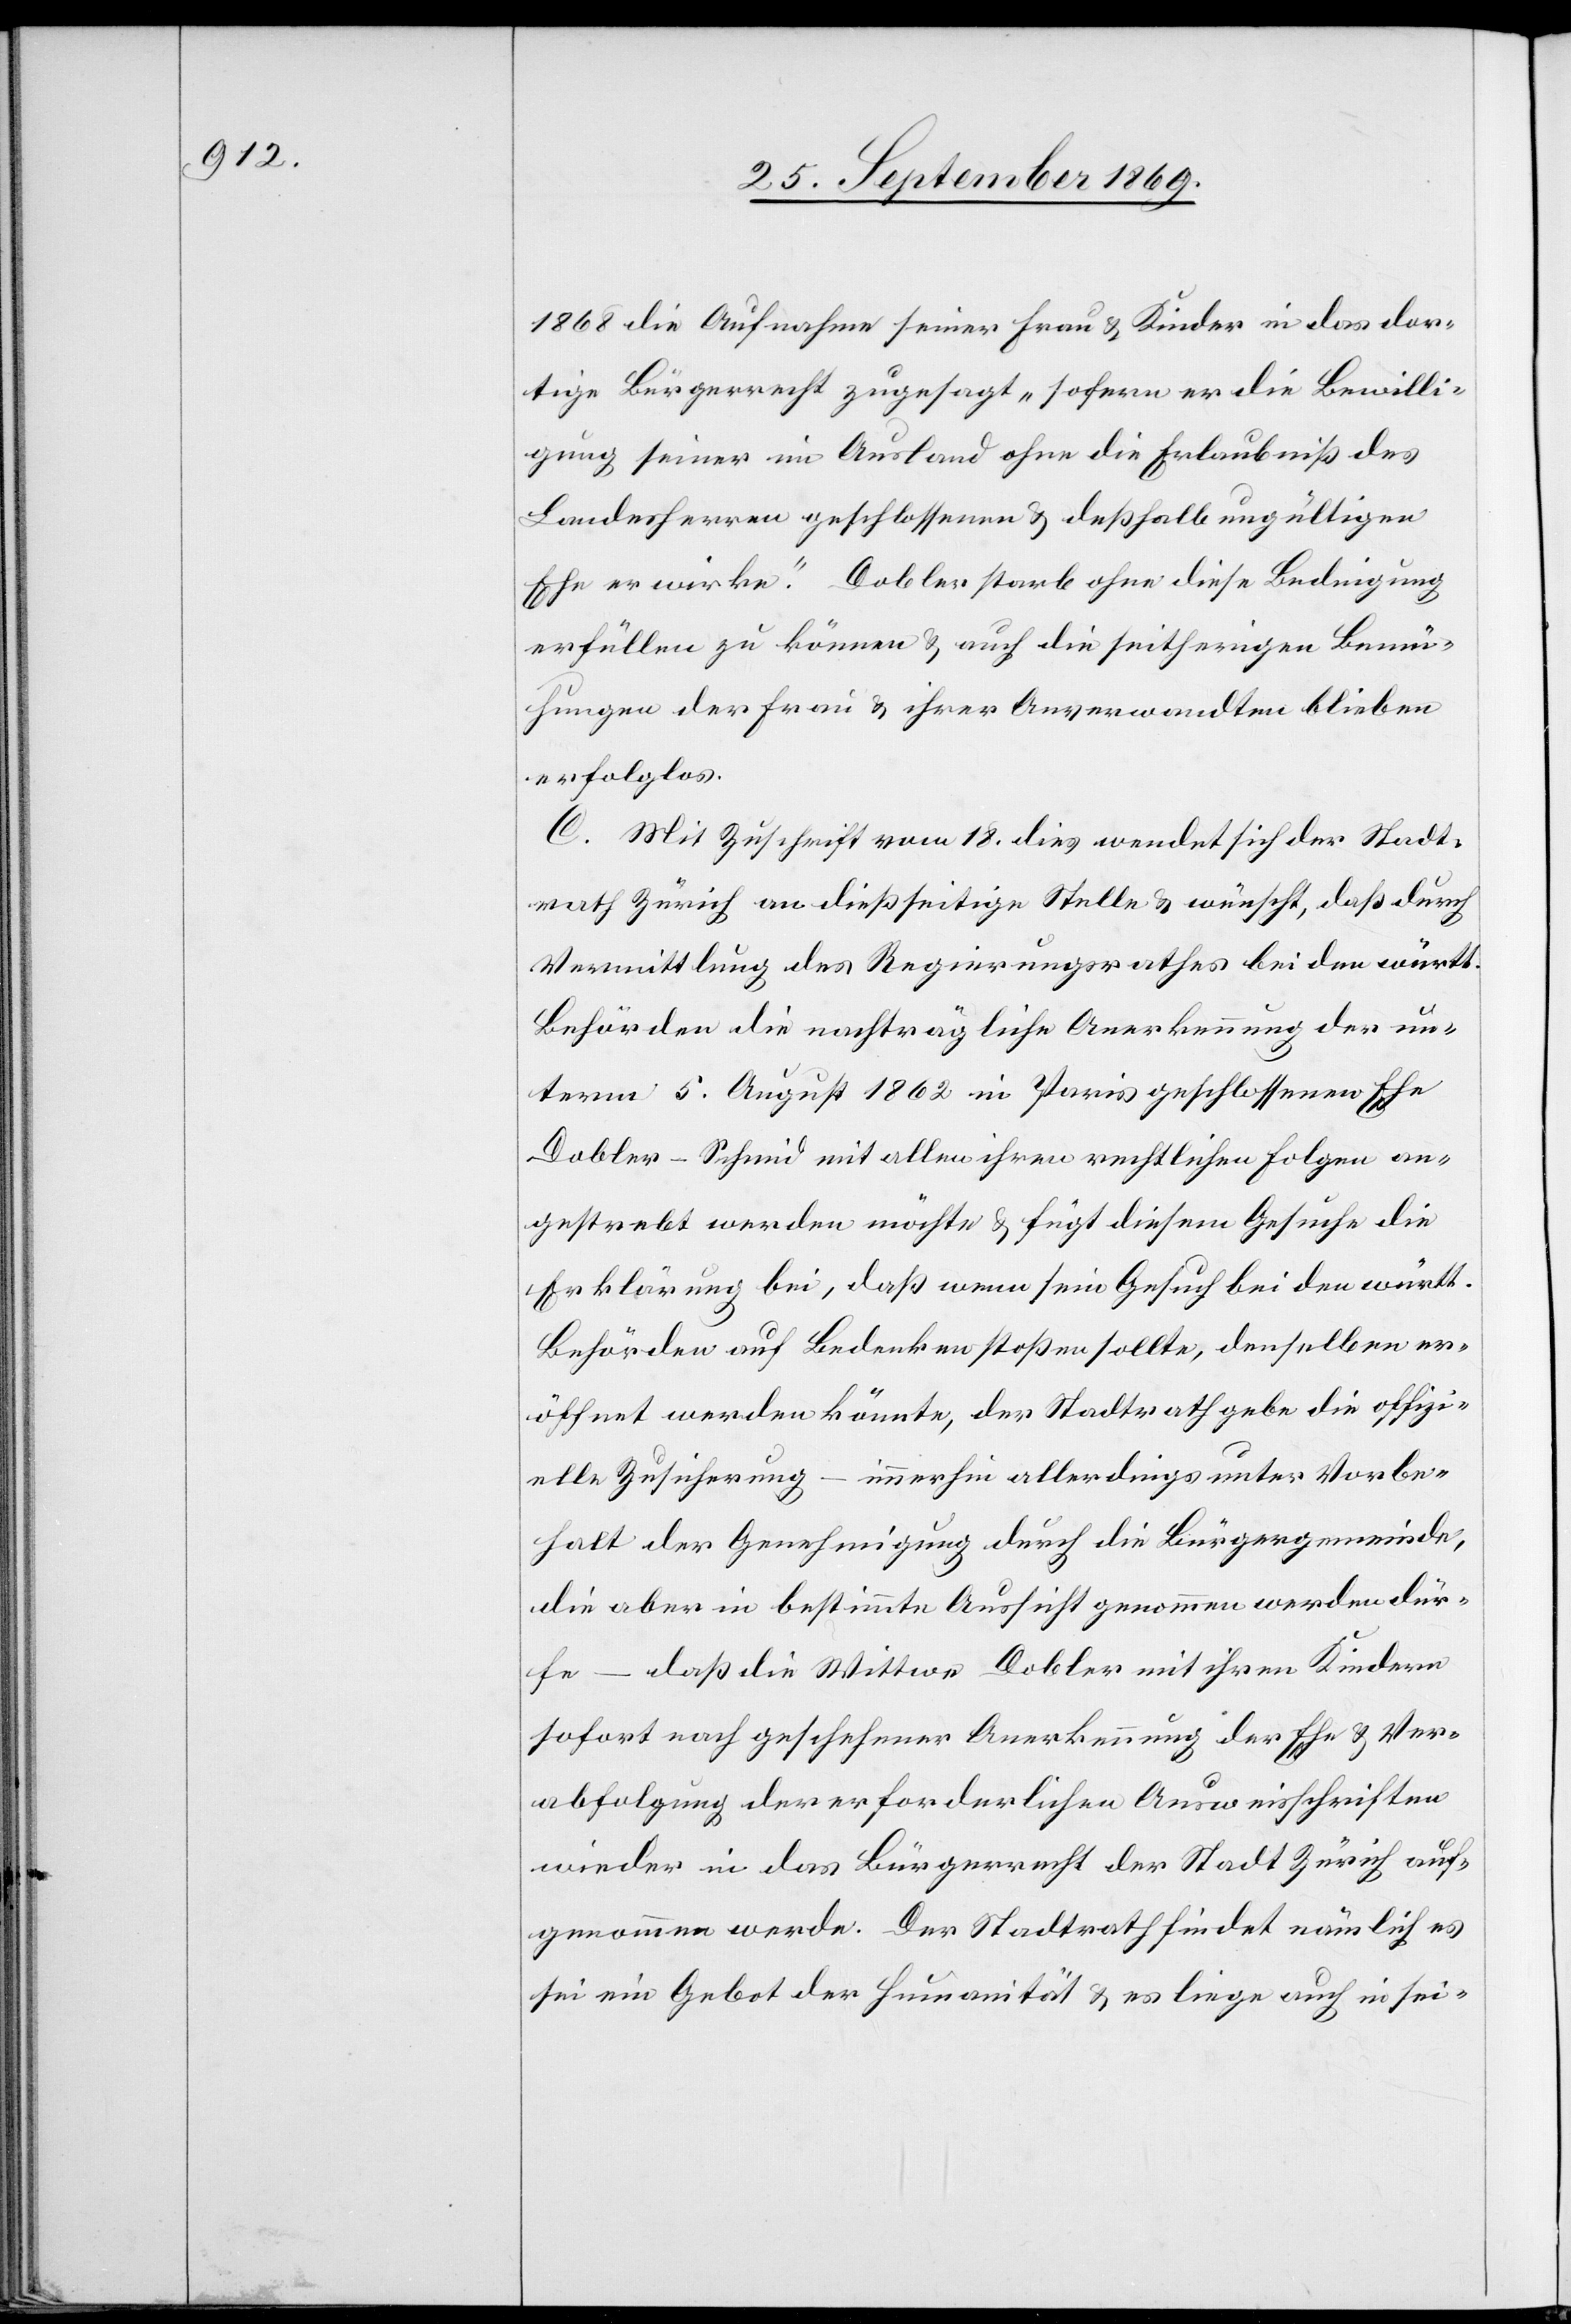
1868 die Aufnahme seiner Frau & Kinder in das dor¬
tige Bürgerrecht zugesagt „sofern er die Bewilli¬
gung seiner im Ausland ohne die Erlaubniß des
Landesherren geschlossenen & deßhalb ungültigen
Ehe erwirke.“ Dobler starb ohne diese Bedingung
erfüllen zu können & auch die seitherigen Bemü¬
hungen der Frau & ihrer Anverwandten blieben
erfolglos.
C. Mit Zuschrift vom 18. dies wendet sich der Stadt¬
rath Zürich an dießseitige Stelle & wünscht, daß durch
Vermittlung des Regierungsrathes bei den württ.
Behörden die nachträgliche Anerkennung der un¬
term 5. August 1862 in Paris geschlossenen Ehe
Dobler-Schmid mit allen ihren rechtlichen Folgen an¬
gestrebt werden möchte & fügt diesem Gesuche die
Erklärung bei, daß wenn sein Gesuch bei den württ.
Behörden auf Bedenken stoßen sollte, denselben er¬
öffnet werden könnte, der Stadtrath gebe die offizi¬
elle Zusicherung – immerhin allerdings unter Vorbe¬
halt der Genehmigung durch die Bürgergemeinde,
die aber in bestimmte Aussicht genommen werden dür¬
fte – daß die Wittwe Dobler mit ihren Kindern
sofort nach geschehener Anerkennung der Ehe & Ver¬
abfolgung der erforderlichen Ausweisschriften
wieder in das Bürgerrecht der Stadt Zürich auf¬
genommen werde. Der Stadtrath findet nämlich es
sei ein Gebot der Humanität & es liege auch in sei-